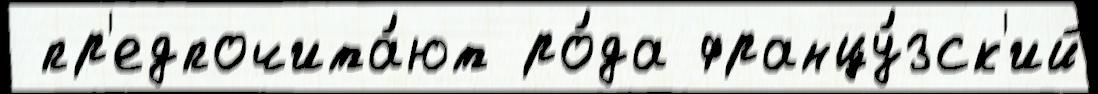
 пр'едпочита́ют ро́да францу́зск'ий